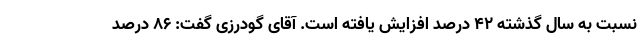
نسبت به سال گذشته ۴۲ درصد افزایش یافته است. آقای گودرزی گفت: ۸۶ درصد